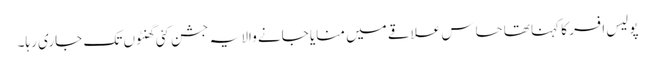
پولیس افسر کا کہنا تھا حساس علاقے میں منایا جانے والا یہ جشن کئی گھنٹوں تک جاری رہا۔